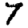
Digit: 7